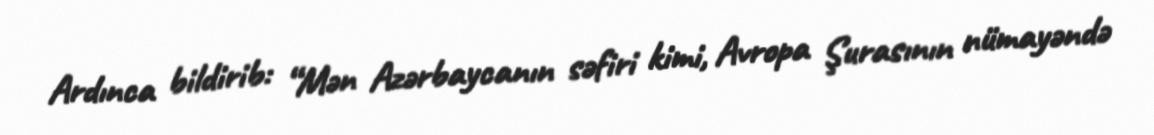
Ardınca bildirib: “Mən Azərbaycanın səfiri kimi, Avropa Şurasının nümayəndə